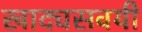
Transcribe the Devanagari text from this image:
खाद्यसवयी